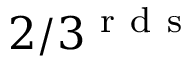
2 / 3 ^ { \mathrm { ~ r ~ d ~ s ~ } }